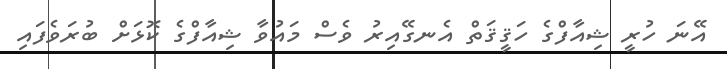
އޭނަ ހުރީ ޝިއާފްގެ ހަޤީޤަތް އެނގޭއިރު ވެސް މައުވާ ޝިއާފްގެ ކޮޅަށް ބުރަވެފައި